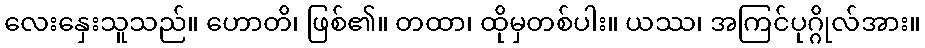
လေးနှေးသူသည်။ ဟောတိ၊ ဖြစ်၏။ တထာ၊ ထိုမှတစ်ပါး။ ယဿ၊ အကြင်ပုဂ္ဂိုလ်အား။